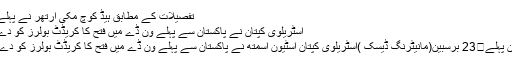
تفصیلات کے مطابق ہیڈ کوچ مکی آرتھر نے پہلے ...
آسٹریلوی کپتان نے پاکستان سے پہلے ون ڈے میں فتح کا کریڈٹ بولرز کو دے دیا
4 دن پہلے	23 برسبین(مانیٹرنگ ڈیسک )آسٹریلوی کپتان اسٹیون اسمتھ نے پاکستان سے پہلے ون ڈے میں فتح کا کریڈٹ بولرز کو دے دیا۔